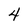
Character: 4